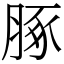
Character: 䐁